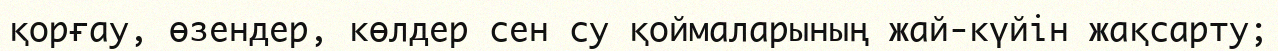
қорғау, өзендер, көлдер сен су қоймаларының жай-күйін жақсарту;